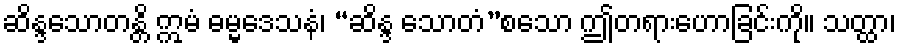
ဆိန္ဒသောတန္တိ ဣမံ ဓမ္မဒေသနံ၊ “ဆိန္ဒ သောတံ”စသော ဤတရားဟောခြင်းကို။ သတ္ထာ၊